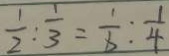
\frac { 1 } { 2 } : \frac { 1 } { 3 } = \frac { 1 } { 8 } : \frac { 1 } { 4 }